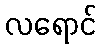
လရောင်